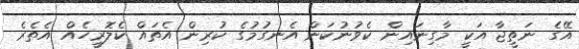
އޭގެ ނަތީޖާ އަކީ މާގިނައިން ކެވުނުކަން އެނގުމުގެ ކުރިން އެތައް ކެލޮރީހެއް އެތެރެ